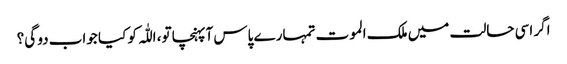
اگر اسی حالت میں ملک الموت تمہارے پاس آپہنچا تو، اللّٰہ کو کیا جواب دو گی؟